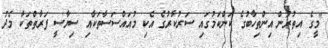
"މީގެ އިތުރުން އިންތިހާބުގެ ކަންކަމުގައި ސަރުކާރުގެ އެކި މުއައްސަސާތަކާއި ސިޔާސީ ފަރާތްތަކާ މެދު